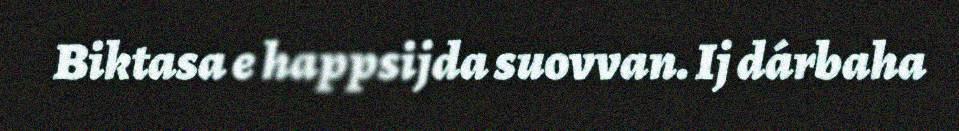
Biktasa e happsijda suovvan. Ij dárbaha